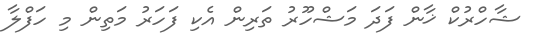
ޝާހްރުކް ޚާން ފަދަ މަޝްހޫރު ތަރިން އެކި ފަހަރު މަތިން މި ހަފްލާ